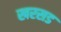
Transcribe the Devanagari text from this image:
खरसड